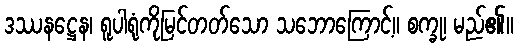
ဒဿနဋ္ဌေန၊ ရူပါရုံကိုမြင်တတ်သော သဘောကြောင့်။ စက္ခု၊ မည်၏။